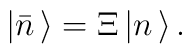
|{\bar n}\,\rangle={\Xi}\,|n\,\rangle\,.